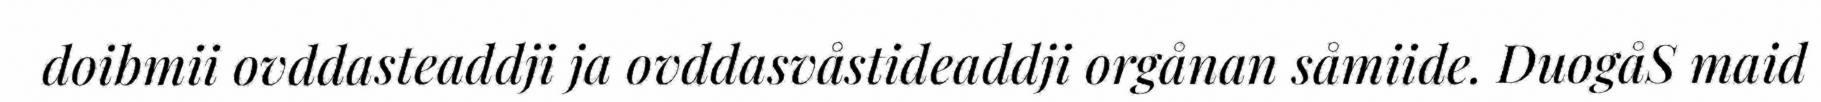
doibmii ovddasteaddji ja ovddasvåstideaddji orgånan såmiide. DuogåS maid